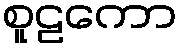
စူဠကော